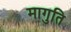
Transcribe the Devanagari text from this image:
मागुति